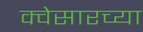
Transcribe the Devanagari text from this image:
क्वेसारच्या